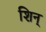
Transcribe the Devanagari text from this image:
शिन्‌